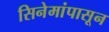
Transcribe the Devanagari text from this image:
सिनेमांपासून